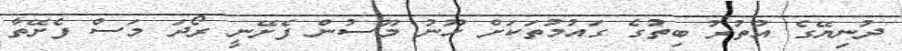
ދުނިޔޭގެ އުތުރު ބިތުގެ ގައުމުތަކަށް ހޫނު މޫސުން ފެށޭނީ ރޯދަ މަސް ފެށޭތާ